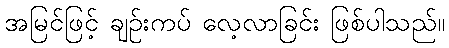
အမြင်ဖြင့် ချဉ်းကပ် လေ့လာခြင်း ဖြစ်ပါသည်။